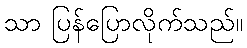
သာ ပြန်ပြောလိုက်သည်။